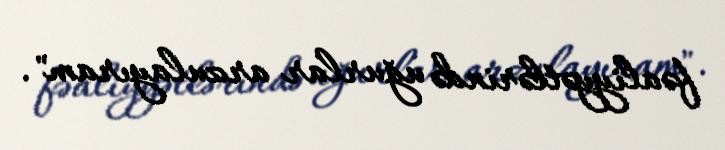
fəaliyyətlərində uğurlar arzulayıram".